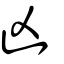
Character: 凶